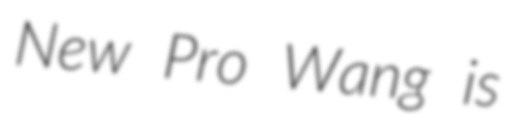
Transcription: New Pro Wang is